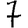
Digit: 7